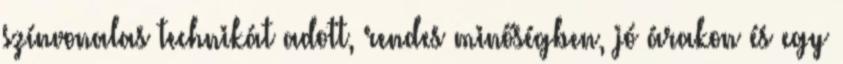
színvonalas technikát adott, rendes minőségben, jó árakon és egy